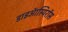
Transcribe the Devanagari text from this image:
डाइऑस्पिरॉस